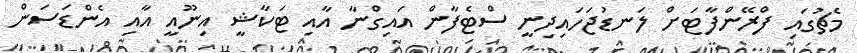
މެޗުގައި ފްރޭންފާޓަށް ލަނޑުޖަހައިދިނީ ސްޓެފާން އައިގްނާ އާއި ޓަކާޝީ އިނޫއީ އާއި އެންޑަސަން